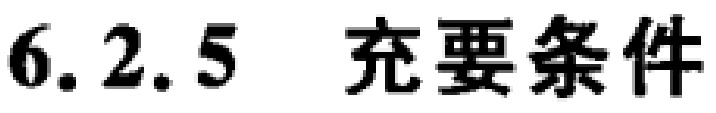
6.2.5  充要条件